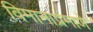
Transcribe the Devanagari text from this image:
विमानाप्रमाणे